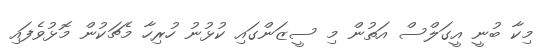
މިކާ ބުނީ އީގަލްސް އަތުން މި ސީޒަންގައި ކުޅުނު ހުރިހާ މެޗަކުން މޮޅުވެފައި